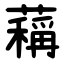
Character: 䕝